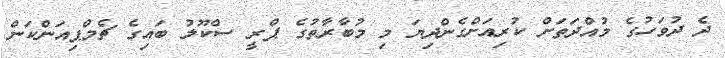
ދެ ދުވަހުގެ މުއްދަތަށް ކުރިއަށްގެންދިޔަ މި މުބާރާތުގެ ޕްރީ ސްކޫލު ބައިގެ ޗެމްޕިއަންކަން